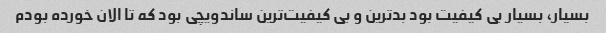
بسیار، بسیار بی کیفیت بود بد‌ترین و بی کیفیت‌ترین ساندویچی بود که تا الان خورده بودم